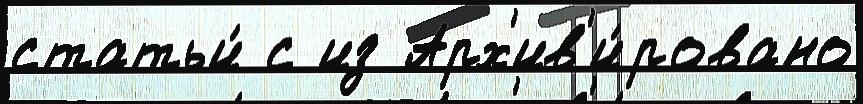
статьи́ с из Арх'ив'и́ровано